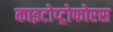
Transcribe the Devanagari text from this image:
काइटोप्ट्रोफोरस